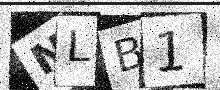
Text: NLB1